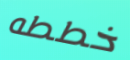
خططه